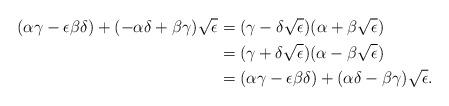
LaTeX: \begin{align*} (\alpha \gamma - \epsilon \beta \delta) + (-\alpha \delta + \beta \gamma ) \sqrt{\epsilon} &= (\gamma - \delta \sqrt{\epsilon})(\alpha + \beta \sqrt{\epsilon}) \\&= (\gamma + \delta \sqrt{\epsilon})(\alpha - \beta \sqrt{\epsilon}) \\&= (\alpha \gamma - \epsilon \beta \delta) + (\alpha \delta - \beta \gamma) \sqrt{\epsilon}.\end{align*}